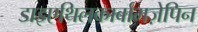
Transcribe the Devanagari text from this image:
डाइएथिलकार्बामज़ेपिन